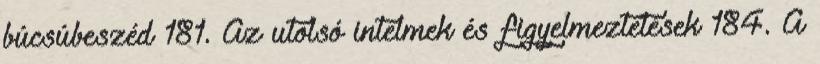
búcsúbeszéd 181. Az utolsó intelmek és figyelmeztetések 184. A